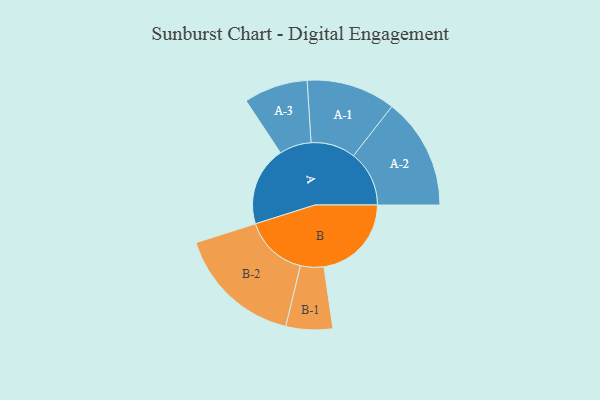
{"axis": {"x": "Segment", "y": "Value"}, "legend": ["", "A", "B"], "data": [{"x": "A", "y": 367, "type": ""}, {"x": "B", "y": 405, "type": ""}, {"x": "A-1", "y": 206, "type": "A"}, {"x": "A-2", "y": 258, "type": "A"}, {"x": "A-3", "y": 148, "type": "A"}, {"x": "B-1", "y": 108, "type": "B"}, {"x": "B-2", "y": 292, "type": "B"}]}